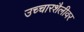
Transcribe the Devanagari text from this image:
उच्चारशैलीवर